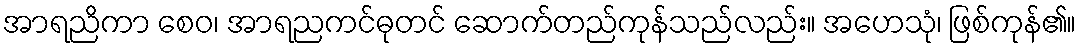
အာရညိကာ စေဝ၊ အာရညကင်ဓုတင် ဆောက်တည်ကုန်သည်လည်း။ အဟေသုံ၊ ဖြစ်ကုန်၏။